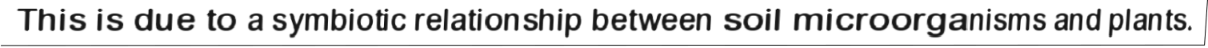
This is due to a symbiotic relationship between soil microorganisms and plants.